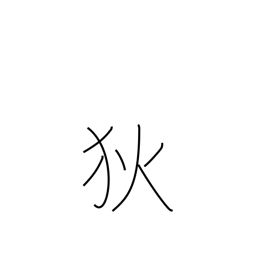
Meaning: barbarian